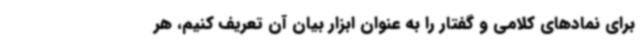
برای نمادهای کلامی و گفتار را به عنوان ابزار بیان آن تعریف کنیم، هر